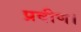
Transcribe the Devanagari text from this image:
प्रवीण।